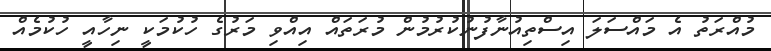
މުއްރަތު އެ މައްސަލަ އިސްތިއުނާފުނުކުރުމުން މުރަތައް އިއްވި މަރުގެ ހުކުމަކީ ނިހާއީ ހުކުމެއް